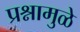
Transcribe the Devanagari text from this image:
प्रश्नामुळे